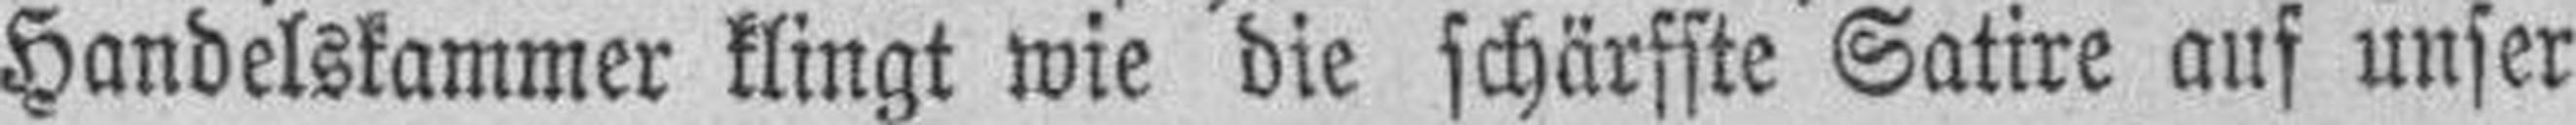
Handelskammer klingt wie die schärffte Satire auf unser